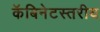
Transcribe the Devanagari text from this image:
कॅबिनेटस्तरीय